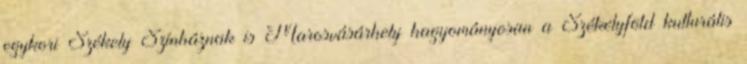
egykori Székely Színháznak is Marosvásárhely hagyományosan a Székelyföld kulturális